Source: Handwritten
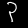
Digit: ၃ (3)